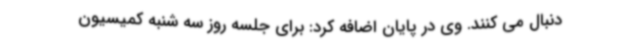
دنبال می کنند. وی در پایان اضافه کرد: برای جلسه روز سه شنبه کمیسیون